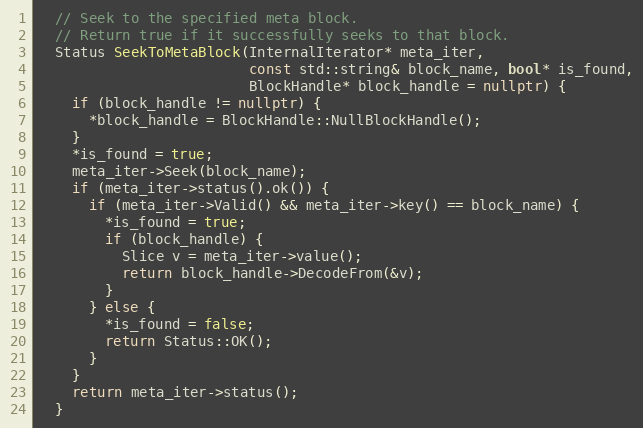
Language: C++
  // Seek to the specified meta block.
  // Return true if it successfully seeks to that block.
  Status SeekToMetaBlock(InternalIterator* meta_iter,
                         const std::string& block_name, bool* is_found,
                         BlockHandle* block_handle = nullptr) {
    if (block_handle != nullptr) {
      *block_handle = BlockHandle::NullBlockHandle();
    }
    *is_found = true;
    meta_iter->Seek(block_name);
    if (meta_iter->status().ok()) {
      if (meta_iter->Valid() && meta_iter->key() == block_name) {
        *is_found = true;
        if (block_handle) {
          Slice v = meta_iter->value();
          return block_handle->DecodeFrom(&v);
        }
      } else {
        *is_found = false;
        return Status::OK();
      }
    }
    return meta_iter->status();
  }